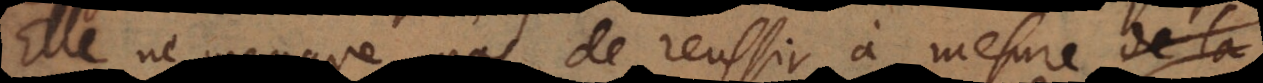
Elle ne manque pas de reussir à mesure